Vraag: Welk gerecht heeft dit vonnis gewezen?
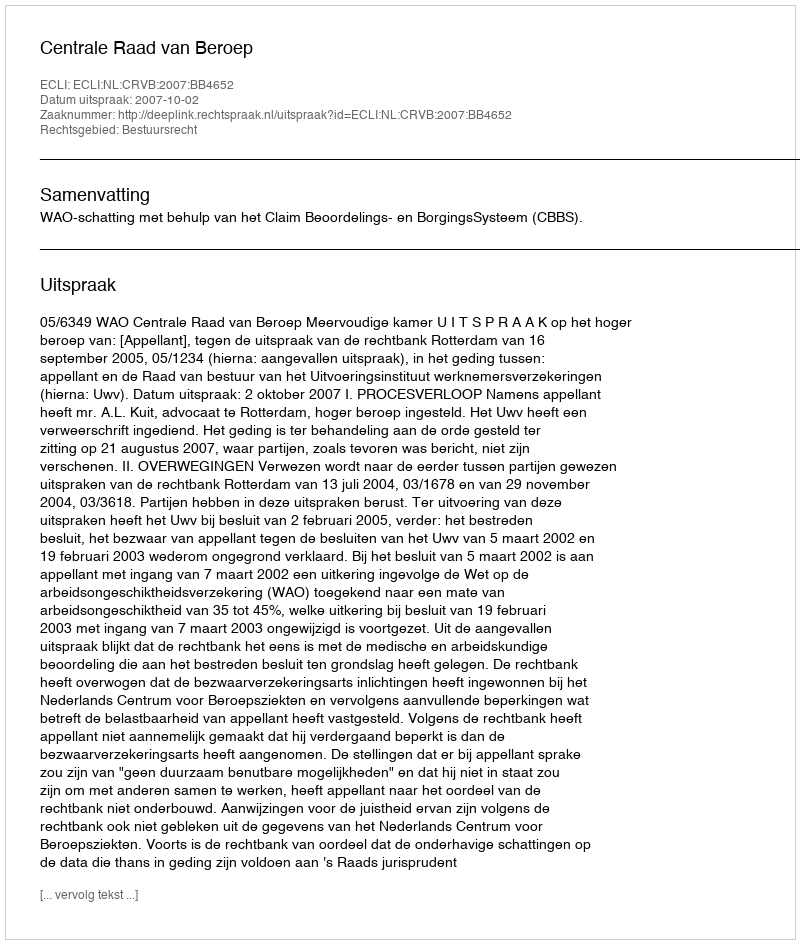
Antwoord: Centrale Raad van Beroep